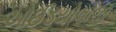
આઈડયોલોજી